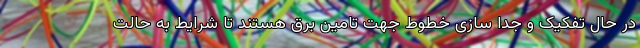
در حال تفکیک و جدا سازی خطوط جهت تامین برق هستند تا شرایط به حالت